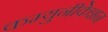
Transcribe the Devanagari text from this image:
कम्युनीकेशन